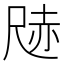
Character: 𭕢